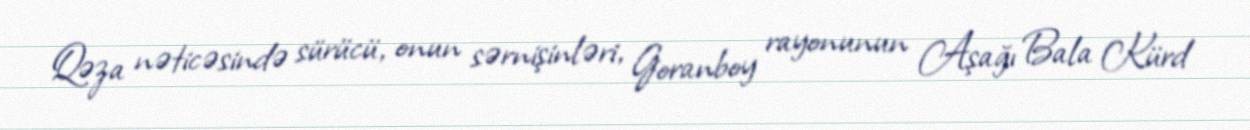
Qəza nəticəsində sürücü, onun sərnişinləri, Goranboy rayonunun Aşağı Bala Kürd